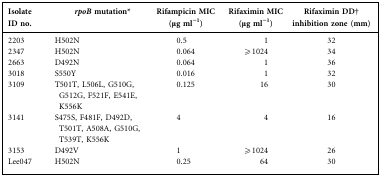
<table><thead><tr><td><b>Isolate ID no.</b></td><td><b><i>rpoB</i> mutation*</b></td><td><b>Rifampicin MIC (μg ml<sup>−1</sup>)</b></td><td><b>Rifaximin MIC (μg ml<sup>−1</sup>)</b></td><td><b>Rifaximin DD† inhibition zone (mm)</b></td></tr></thead><tbody><tr><td>2203</td><td>H502N</td><td>0.5</td><td>1</td><td>32</td></tr><tr><td>2347</td><td>H502N</td><td>0.064</td><td>≥1024</td><td>34</td></tr><tr><td>2663</td><td>D492N</td><td>0.064</td><td>1</td><td>36</td></tr><tr><td>3018</td><td>S550Y</td><td>0.016</td><td>1</td><td>32</td></tr><tr><td>3109</td><td>T501T, L506L, G510G, G512G, F521F, E541E, K556K</td><td>0.125</td><td>16</td><td>30</td></tr><tr><td>3141</td><td>S475S, F481F, D492D, T501T, A508A, G510G, T539T, K556K</td><td>4</td><td>4</td><td>16</td></tr><tr><td>3153</td><td>D492V</td><td>1</td><td>≥1024</td><td>26</td></tr><tr><td>Lee047</td><td>H502N</td><td>0.25</td><td>64</td><td>30</td></tr></tbody></table>